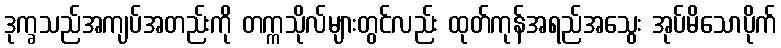
ဒုက္ခသည်အကျပ်အတည်းကို တက္ကသိုလ်များတွင်လည်း ထုတ်ကုန်အရည်အသွေး အုပ်မိသောပိုက်